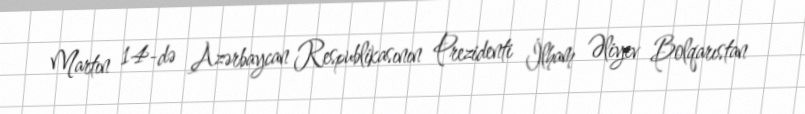
Martın 14-də Azərbaycan Respublikasının Prezidenti İlham Əliyev Bolqarıstan